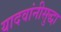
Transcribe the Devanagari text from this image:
यादवांनीसुद्धा